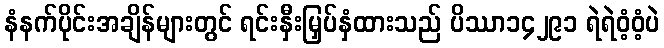
နံနက်ပိုင်းအချိန်များတွင် ရင်းနှီးမြှပ်နှံထားသည် ပိဿာ၁၄၂၉၁ ရဲရဲဝံ့ဝံ့ပဲ